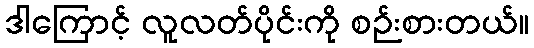
ဒါကြောင့် လူလတ်ပိုင်းကို စဉ်းစားတယ်။